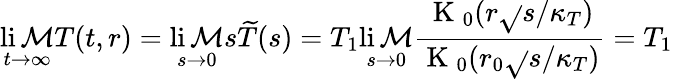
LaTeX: \operatorname*{li\mathcal{M}}_{t\to\infty}T(t,r)=\operatorname*{li\mathcal{M}}_{s\to0}s\widetilde{{T}}(s)=T_{1}\operatorname*{li\mathcal{M}}_{s\to0}\frac{{\mathrm{{~K~}}_{0}(r\sqrt{}{{s/\kappa_{T}}})}}{{\mathrm{{~K~}}_{0}(r_{0}\sqrt{}{{s/\kappa_{T}}})}}=T_{1}